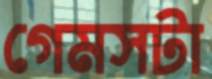
গেমসটা